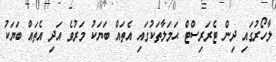
ލާހޯރުގައި ދިން ޓެރަރިސްޓް ޙަމަލާތަކުގައި އެތައް ބަޔަކު މަރުވެ އަދި އެތައް ބަޔަކު